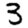
Digit: 3